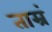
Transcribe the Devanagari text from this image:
ताम्रं